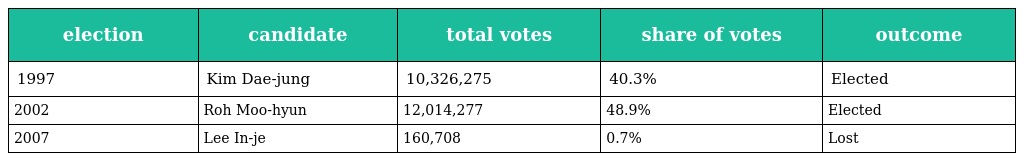
| election | candidate | total votes | share of votes | outcome |
 | --- | --- | --- | --- | --- |
 | 1997 | Kim Dae-jung | 10,326,275 | 40.3% | Elected |
 | 2002 | Roh Moo-hyun | 12,014,277 | 48.9% | Elected |
 | 2007 | Lee In-je | 160,708 | 0.7% | Lost |